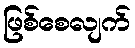
ဖြစ်စေလျက်